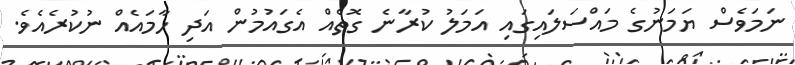
ނަމަވެސް ޔަމަނުގެ މައްސަލައިގައި އަމަލު ކުރާނެ ގޮތެއް އެގައުމުން އަދި ހާމައެއް ނުކުރެއެވެ.